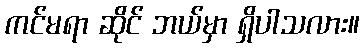
ကင်မရာ ဆိုင် ဘယ်မှာ ရှိပါသလား။